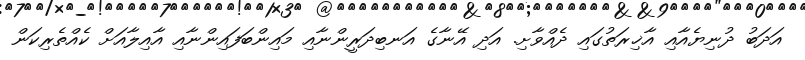
އަދަބު ދުނިޔެއާއި އާޚިރަތުގައި ދެއްވާށި. އަދި އޭނާގެ އަނބިދަރީންނާއި މައިންބަފައިންނާއި އާއިލާއަށް ކެއްތެރިކަން